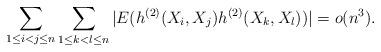
LaTeX: \begin{align*}\sum_{1 \le i < j \le n} \sum_{1 \le k < l \le n} |E( h^{(2)}(X_i, X_j) h^{(2)}(X_k, X_l))| = o(n^3).\end{align*}